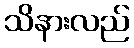
သိနားလည်